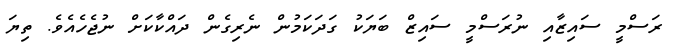
ރަސްމީ ސައިޒާއި ނުރަސްމީ ސައިޒް ބަޔަކު ގަދަކަމުން ނެރިގެން ދައްކާކަށް ނުޖެހެއެވެ. ތިޔަ